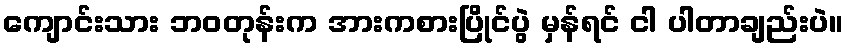
ကျောင်းသား ဘဝတုန်းက အားကစားပြိုင်ပွဲ မှန်ရင် ငါ ပါတာချည်းပဲ။